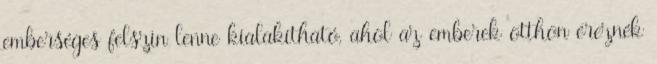
emberséges felszin lenne kialakítható, ahol az emberek otthon éreznék